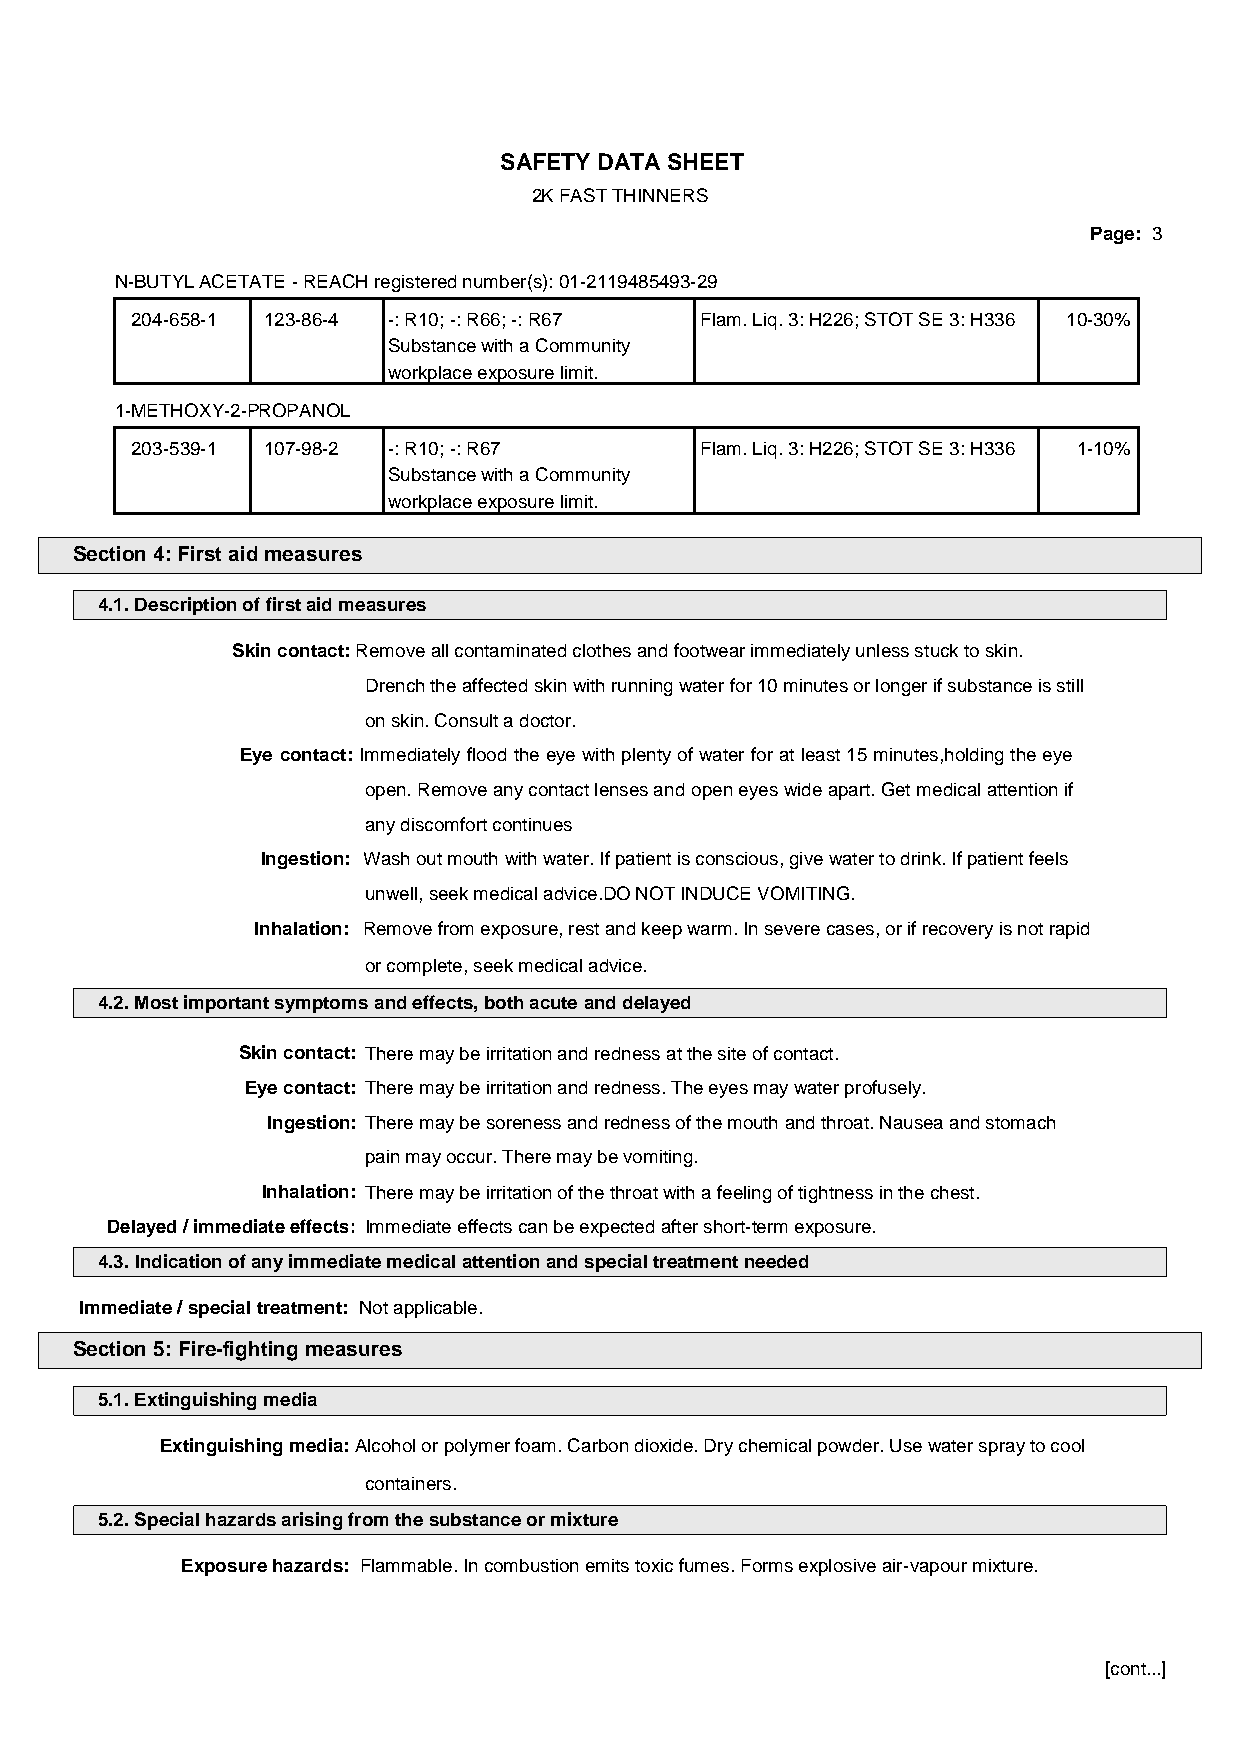
SAFETY DATA SHEET
 2K FAST THINNERS
 Page: 3
 N-BUTYL ACETATE - REACH registered number(s): 01-2119485493-29
 204-658-1 123-86-4 -: R10; -: R66; -: R67 Flam. Liq. 3: H226; STOT SE 3: H336 10-30%
 Substance with a Community
 workplace exposure limit.
 1-METHOXY-2-PROPANOL
 203-539-1 107-98-2 -: R10; -: R67    Flam. Liq. 3: H226; STOT SE 3: H336 1-10%
 Substance with a Community
 workplace exposure limit.
 Section 4: First aid measures
 4.1. Description of first aid measures
 Skin contact: Remove all contaminated clothes and footwear immediately unless stuck to skin.
 Drench the affected skin with running water for 10 minutes or longer if substance is still
 on skin. Consult a doctor.
 Eye contact: Immediately flood the eye with plenty of water for at least 15 minutes,holding the eye
 open. Remove any contact lenses and open eyes wide apart. Get medical attention if
 any discomfort continues
 Ingestion: Wash out mouth with water. If patient is conscious, give water to drink. If patient feels
 unwell, seek medical advice.DO NOT INDUCE VOMITING.
 Inhalation: Remove from exposure, rest and keep warm. In severe cases, or if recovery is not rapid
 or complete, seek medical advice.
 4.2. Most important symptoms and effects, both acute and delayed
 Skin contact: There may be irritation and redness at the site of contact.
 Eye contact: There may be irritation and redness. The eyes may water profusely.
 Ingestion: There may be soreness and redness of the mouth and throat. Nausea and stomach
 pain may occur. There may be vomiting.
 Inhalation: There may be irritation of the throat with a feeling of tightness in the chest.
 Delayed / immediate effects: Immediate effects can be expected after short-term exposure.
 4.3. Indication of any immediate medical attention and special treatment needed
 Immediate / special treatment: Not applicable.
 Section 5: Fire-fighting measures
 5.1. Extinguishing media
 Extinguishing media: Alcohol or polymer foam. Carbon dioxide. Dry chemical powder. Use water spray to cool
 containers.
 5.2. Special hazards arising from the substance or mixture
 Exposure hazards: Flammable. In combustion emits toxic fumes. Forms explosive air-vapour mixture.
 [cont...]